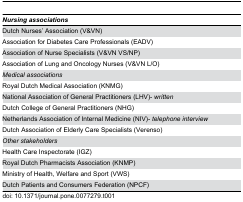
<table><thead><tr><td><b><i>Nursing associations</i></b></td></tr></thead><tbody><tr><td>Dutch Nurses’ Association (V&amp;VN)</td></tr><tr><td>Association for Diabetes Care Professionals (EADV)</td></tr><tr><td>Association of Nurse Specialists (V&amp;VN VS/NP)</td></tr><tr><td>Association of Lung and Oncology Nurses (V&amp;VN L/O)</td></tr><tr><td><i>Medical associations</i></td></tr><tr><td>Royal Dutch Medical Association (KNMG)</td></tr><tr><td>National Association of General Practitioners (LHV)- <i>written</i></td></tr><tr><td>Dutch College of General Practitioners (NHG)</td></tr><tr><td>Netherlands Association of Internal Medicine (NIV)- <i>telephone interview</i></td></tr><tr><td>Dutch Association of Elderly Care Specialists (Verenso)</td></tr><tr><td><i>Other stakeholders</i></td></tr><tr><td>Health Care Inspectorate (IGZ)</td></tr><tr><td>Royal Dutch Pharmacists Association (KNMP)</td></tr><tr><td>Ministry of Health, Welfare and Sport (VWS)</td></tr><tr><td>Dutch Patients and Consumers Federation (NPCF)</td></tr></tbody></table>